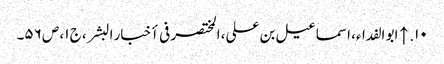
۱۰. ↑ ابو الفداء، اسماعیل بن علی، المختصر فی أخبار البشر، ج ۱، ص ۵۶۔